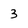
Character: 3